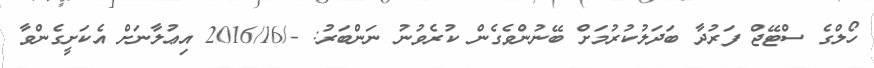
ހޯލްގެ ސްޓޭޖް ފަރުދާ ބަދަލުކުރުމަށް ބޭނުންވެގެން ކުރެވުނު ނަންބަރު: -/2016/16 އިޢުލާނަށް އެކަށީގެންވާ